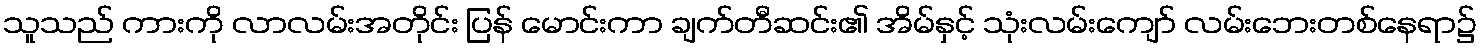
သူသည် ကားကို လာလမ်းအတိုင်း ပြန် မောင်းကာ ချက်တီဆင်း၏ အိမ်နှင့် သုံးလမ်းကျော် လမ်းဘေးတစ်နေရာ၌